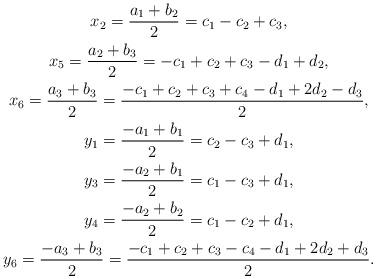
LaTeX: \begin{gather*}x_2=\frac{a_1+b_2}{2} = c_1-c_2+c_3, \\x_5=\frac{a_2+b_3}{2} = -c_1+c_2+c_3-d_1+d_2, \\x_6=\frac{a_3+b_3}{2} = \frac{-c_1+c_2+c_3+c_4-d_1+2d_2-d_3}{2}, \\y_1=\frac{-a_1+b_1}{2} = c_2-c_3+d_1, \\y_3=\frac{-a_2+b_1}{2} = c_1-c_3+d_1, \\y_4=\frac{-a_2+b_2}{2} = c_1-c_2+d_1, \\y_6=\frac{-a_3+b_3}{2} =\frac{-c_1+c_2+c_3-c_4-d_1+2d_2+d_3}{2}.\end{gather*}